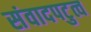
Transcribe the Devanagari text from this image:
संवादपटुत्व